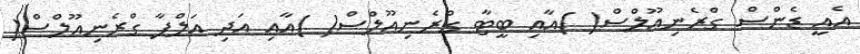
އެއީ ޑެންސް ގްރެނިއޫލްސް( )އާއި ބީޓާ ގްރެނިއޫލްސް( )އާއި އަދި އަލްފާ ގްރެނިއޫލްސް(